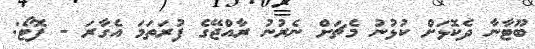
ބޫޓާނާ ދެކޮޅަށް ކުޅުނު މެޗަށް ނެރުނު ރާއްޖޭގެ ފުރަތަމަ އެގާރަ - ފޮޓޯ: